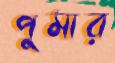
পুমার